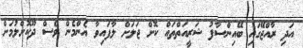
އަދި ރާއްޖޭގައި ބޭއިންސާފު ޝަރީއަތްތައް ކޮށް ޖަލަށް ލާފައިވާ އެންމެން ވެސް ދޫކޮށްލުމަށް